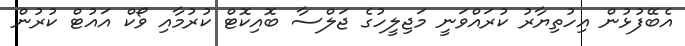
އެބޭފުޅުން އިހުތިޔާރު ކުރައްވަނީ މަޖިލީހުގެ ޖަލްސާ ބޮއިކޮޓް ކުރުމާއި ވޯކް އައުޓް ކުރުން